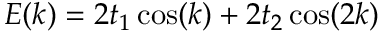
E ( k ) = 2 t _ { 1 } \cos ( k ) + 2 t _ { 2 } \cos ( 2 k )